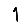
Digit: 1